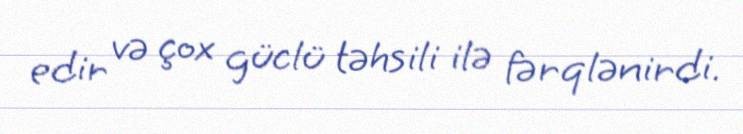
edir və çox güclü təhsili ilə fərqlənirdi.